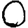
Digit: 0